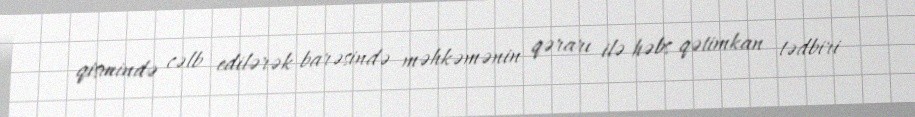
qismində cəlb edilərək barəsində məhkəmənin qərarı ilə həbs qətimkan tədbiri